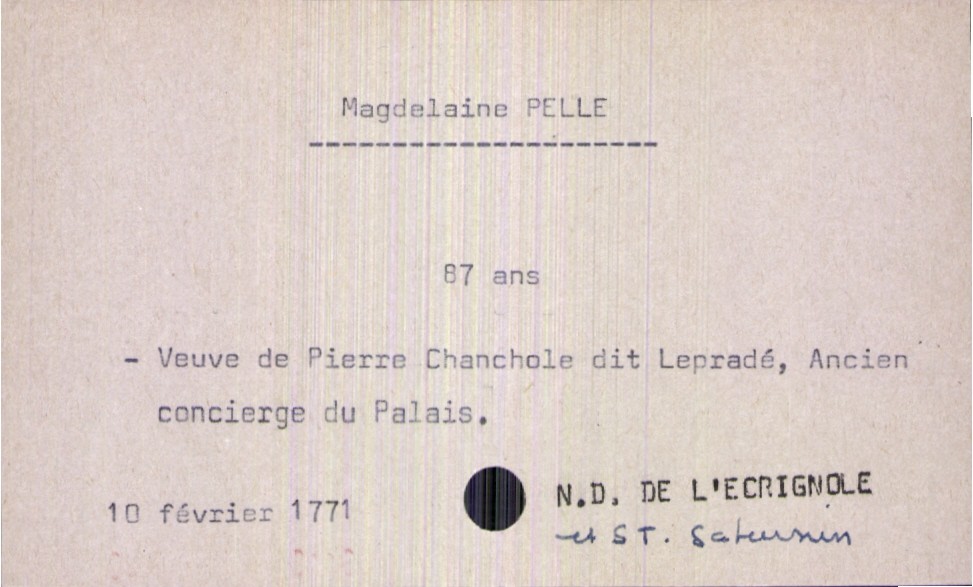
type_acte: Décès
année: 1771
mois: février
jour: 10
paroisse: Notre Dame de l'Ecrignole
observations: autre paroisse : Saint-Saturnin
défunt_nom: Pelle
défunt_prénom: Magdelaine
défunt_sexe: F
défunt_âge: 87 ans
défunt_statut: veuf(ve)